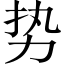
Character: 势